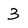
Character: 3